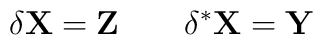
\delta \mathbf{X} = \mathbf{Z} \qquad \delta ^{*}\mathbf{X} = \mathbf{Y}